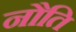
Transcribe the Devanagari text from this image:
नौति